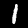
Label: 1